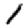
Digit: 1